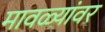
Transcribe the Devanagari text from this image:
मावळ्यांवर